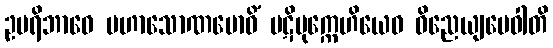
ဥပရိဘာဝေ မဟာသောဏဗောဓိံ ပဋိမုက္ကေဟိယေဝ ဝိညေယျမေဝါတိ